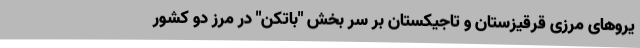
یروهای مرزی قرقیزستان و تاجیکستان بر سر بخش "باتکن" در مرز دو کشور